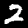
Digit: 2